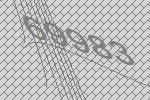
69983